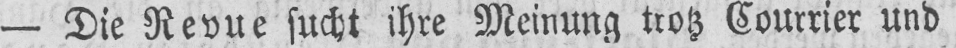
- Die Revue sucht ihre Meinung trotz Courrier und